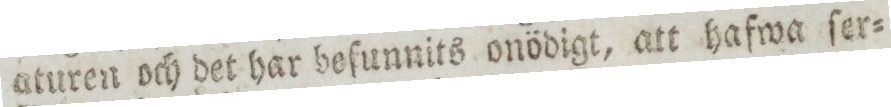
aturen och det har befunnits onödigt, att hafwa ſer=